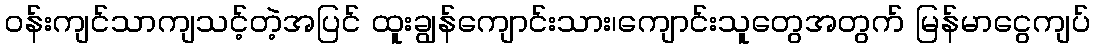
ဝန်းကျင်သာကျသင့်တဲ့အပြင် ထူးချွန်ကျောင်းသား၊ကျောင်းသူတွေအတွက် မြန်မာငွေကျပ်